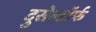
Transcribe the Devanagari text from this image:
दुसेल्डॉर्फ